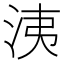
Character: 洟